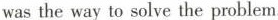
was the way to solve the problem.